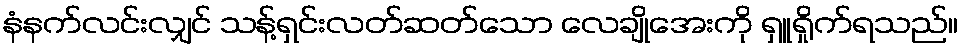
နံနက်လင်းလျှင် သန့်ရှင်းလတ်ဆတ်သော လေချိုအေးကို ရှူရှိုက်ရသည်။